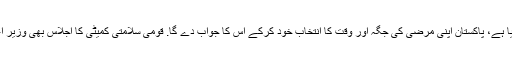
بھارت نے بلا جواز جارحیت کا ارتکاب کیا ہے، پاکستان اپنی مرضی کی جگہ اور وقت کا انتخاب خود کرکے اس کا جواب دے گا. قومی سلامتی کمیٹی کا اجلاس بھی وزیر اعظم عمران خان کی صدارت میں منعقد ہوا۔